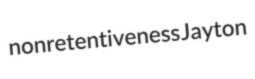
nonretentiveness Jayton